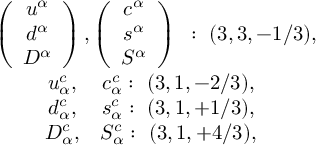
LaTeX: \begin{array} { c } { { \begin{array} { c c } { { \left( \begin{array} { c } { { u ^ { \alpha } } } \\ { { d ^ { \alpha } } } \\ { { D ^ { \alpha } } } \end{array} \right) , \left( \begin{array} { c } { { c ^ { \alpha } } } \\ { { s ^ { \alpha } } } \\ { { S ^ { \alpha } } } \end{array} \right) } } \end{array} : ~ ( 3 , 3 , - 1 / 3 ) , } } \\ { { \begin{array} { c c } { { \begin{array} { c } { { u _ { \alpha } ^ { c } , } } \\ { { d _ { \alpha } ^ { c } , } } \\ { { D _ { \alpha } ^ { c } , } } \end{array} \begin{array} { c } { { c _ { \alpha } ^ { c } : ~ ( 3 , 1 , - 2 / 3 ) , } } \\ { { s _ { \alpha } ^ { c } : ~ ( 3 , 1 , + 1 / 3 ) , } } \\ { { S _ { \alpha } ^ { c } : ~ ( 3 , 1 , + 4 / 3 ) , } } \end{array} } } \end{array} } } \end{array}